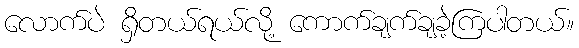
လောက်ပဲ ရှိတယ်ရယ်လို့ ကောက်ချက်ချခဲ့ကြပါတယ်။